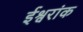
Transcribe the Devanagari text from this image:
ईश्वरांक